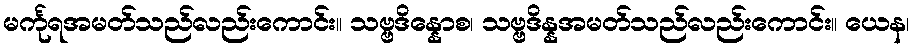
မင်္ကုရအမတ်သည်လည်းကောင်း။ သဗ္ဗဒိန္နောစ၊ သဗ္ဗဒိန္နအမတ်သည်လည်းကောင်း။ ယေန၊